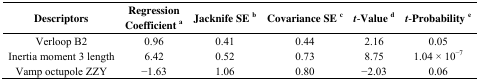
| Descriptors | Regression Coefficient a | Jacknife SE b | Covariance SE c | t-Value d | t-Probability e |
 | --- | --- | --- | --- | --- | --- |
 | Verloop B2 | 0.96 | 0.41 | 0.44 | 2.16 | 0.05 |
 | Inertia moment 3 length | 6.42 | 0.52 | 0.73 | 8.75 | 1.04 × 10−7 |
 | Vamp octupole ZZY | −1.63 | 1.06 | 0.80 | −2.03 | 0.06 |